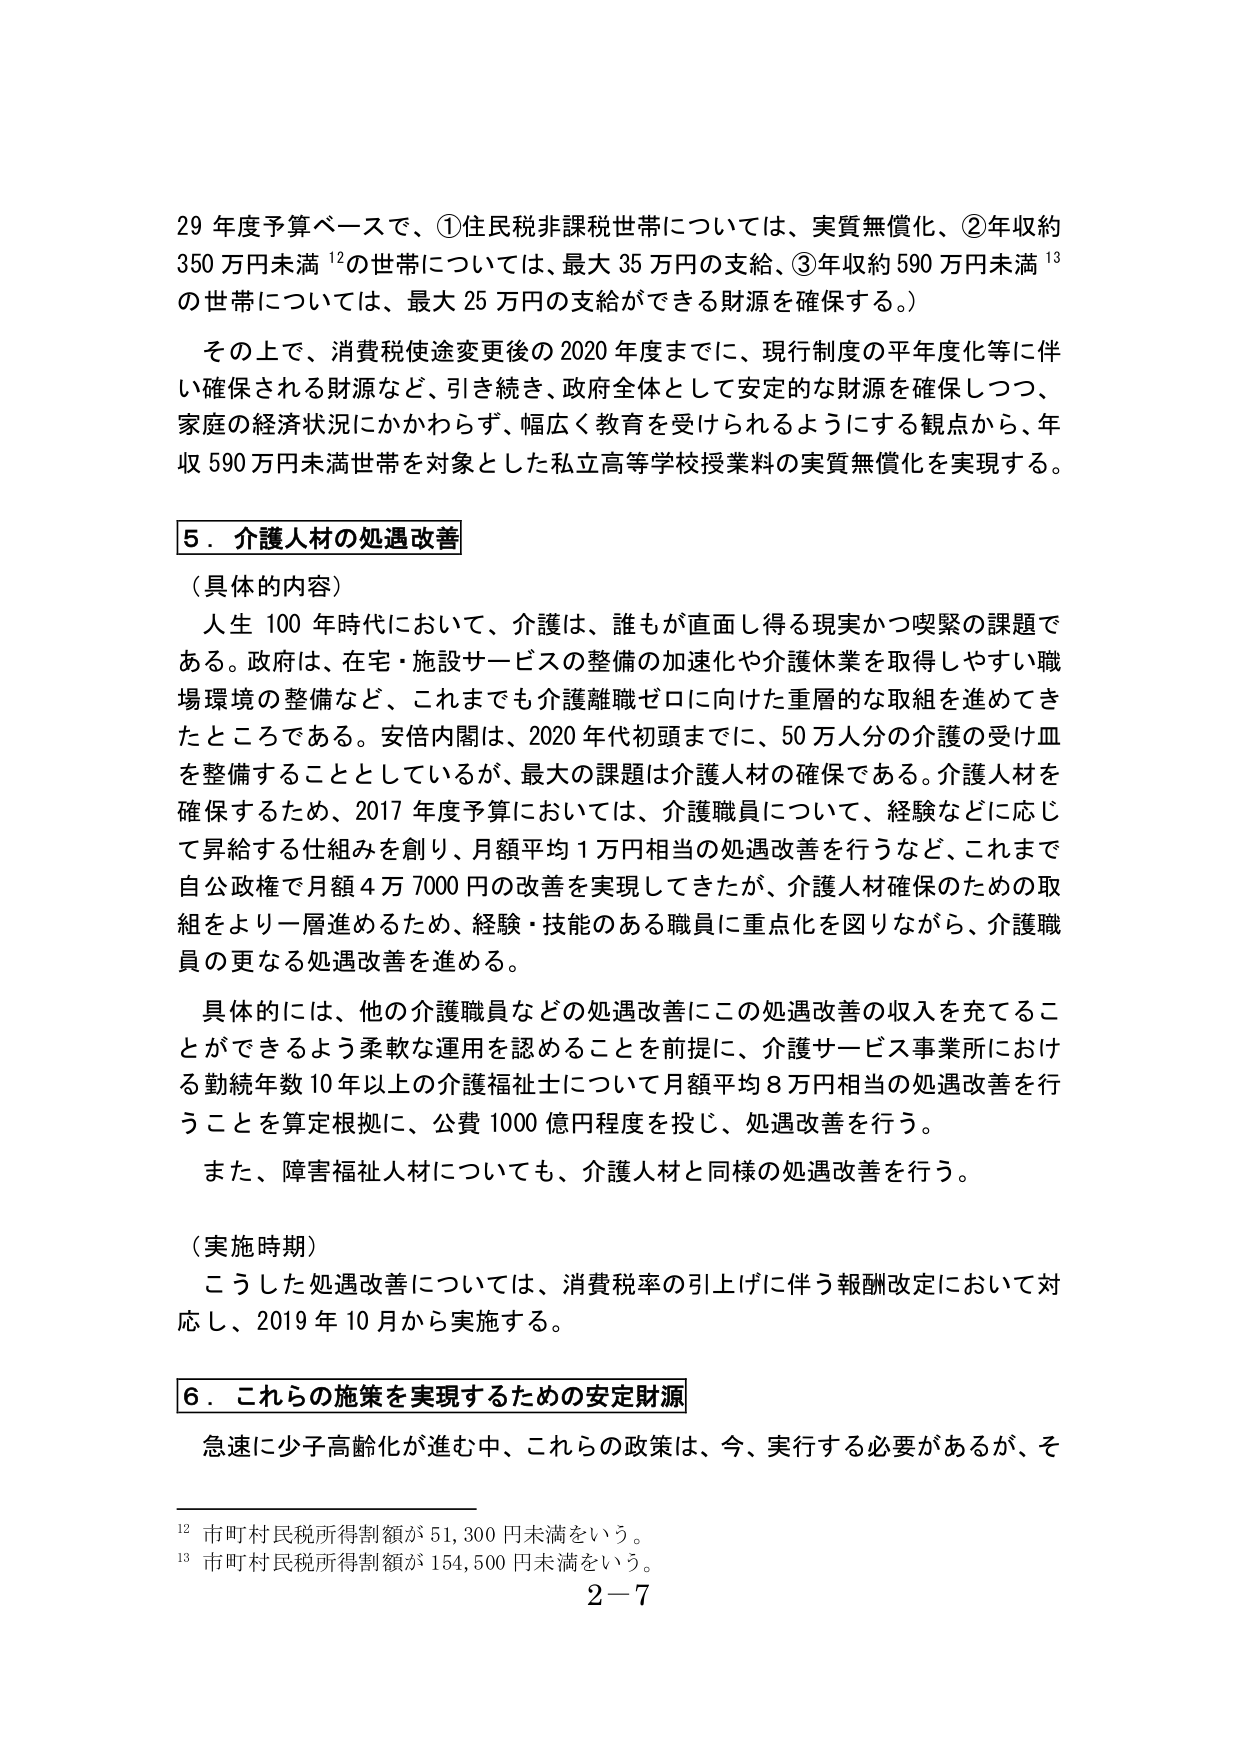
29年度予算ベースで、①住民税非課税世帯については、実質無償化、②年収約350万円未満¹²の世帯については、最大35万円の支給、③年収約590万円未満¹³の世帯については、最大25万円の支給ができる財源を確保する。）

その上で、消費税使途変更後の2020年度までに、現行制度の平年度化等に伴い確保される財源など、引き続き、政府全体として安定的な財源を確保しつつ、家庭の経済状況にかかわらず、幅広く教育を受けられるようにする観点から、年収590万円未満世帯を対象とした私立高等学校授業料の実質無償化を実現する。

5．介護人材の処遇改善

（具体的内容）

人生100年時代において、介護は、誰もが直面し得る現実かつ喫緊の課題である。政府は、在宅・施設サービスの整備の加速化や介護休業を取得しやすい職場環境の整備など、これまでも介護離職ゼロに向けた重層的な取組を進めてきたところである。安倍内閣は、2020年代初頭までに、50万人分の介護の受け皿を整備することとしているが、最大の課題は介護人材の確保である。介護人材を確保するため、2017年度予算においては、介護職員については、経験などに応じて昇給する仕組みを創り、月額平均1万円相当の処遇改善を行うなど、これまで自公政権で月額4万7000円の改善を実現してきたが、介護人材確保のための取組をより一層進めるため、経験・技能のある職員に重点化を図りながら、介護職員の更なる処遇改善を進める。

具体的には、他の介護職員などの処遇改善にこの処遇改善の収入を充てることができるよう柔軟な運用を認めることを前提に、介護サービス事業所における勤続年数10年以上の介護福祉士について月額平均8万円相当の処遇改善を行うことを算定根拠に、公費1000億円程度を投じ、処遇改善を行う。

また、障害福祉人材についても、介護人材と同様の処遇改善を行う。

（実施時期）

こうした処遇改善については、消費税率の引上げに伴う報酬改定において対応し、2019年10月から実施する。

6．これらの施策を実現するための安定財源

急速に少子高齢化が進む中、これらの政策は、今、実行する必要があるが、そ

¹² 市町村民税所得割額が51,300円未満をいう。
¹³ 市町村民税所得割額が154,500円未満をいう。

2－7